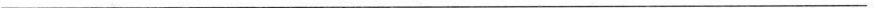
___